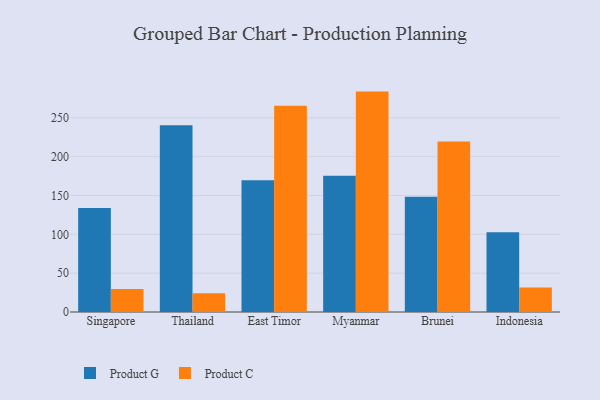
{"axis": {"x": "Country", "y": "Budget (USD K)"}, "legend": ["Product C", "Product G"], "data": [{"x": "Singapore", "y": 133.8, "type": "Product G"}, {"x": "Singapore", "y": 29.7, "type": "Product C"}, {"x": "Thailand", "y": 240.3, "type": "Product G"}, {"x": "Thailand", "y": 24.2, "type": "Product C"}, {"x": "East Timor", "y": 169.5, "type": "Product G"}, {"x": "East Timor", "y": 265.4, "type": "Product C"}, {"x": "Myanmar", "y": 175.3, "type": "Product G"}, {"x": "Myanmar", "y": 283.7, "type": "Product C"}, {"x": "Brunei", "y": 148.2, "type": "Product G"}, {"x": "Brunei", "y": 219.5, "type": "Product C"}, {"x": "Indonesia", "y": 102.8, "type": "Product G"}, {"x": "Indonesia", "y": 31.5, "type": "Product C"}]}